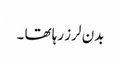
بدن لرز رہا تھا ۔